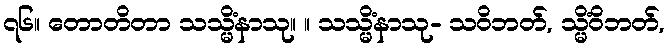
၇၆။ တောတိတာ သသ္မိံနာသု။ ။ သသ္မိံနာသု- သဝိဘတ်, သ္မိံဝိဘတ်,